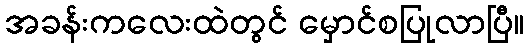
အခန်းကလေးထဲတွင် မှောင်စပြုလာပြီ။